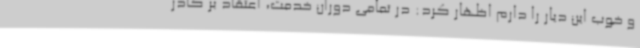
و خوب این دیار را دارم اظهار کرد: در تمامی دوران خدمت، اعتقاد بر کادر